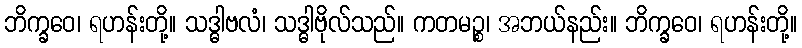
ဘိက္ခဝေ၊ ရဟန်းတို့။ သဒ္ဓါဗလံ၊ သဒ္ဓါဗိုလ်သည်။ ကတမဉ္စ၊ အဘယ်နည်း။ ဘိက္ခဝေ၊ ရဟန်းတို့။